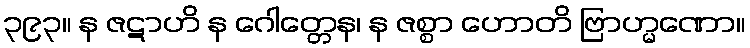
၃၉၃။ န ဇဋာဟိ န ဂေါတ္တေန၊ န ဇစ္စာ ဟောတိ ဗြာဟ္မဏော။